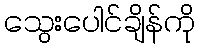
သွေးပေါင်ချိန်ကို